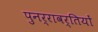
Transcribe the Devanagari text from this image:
पुनर्रावर्तियों